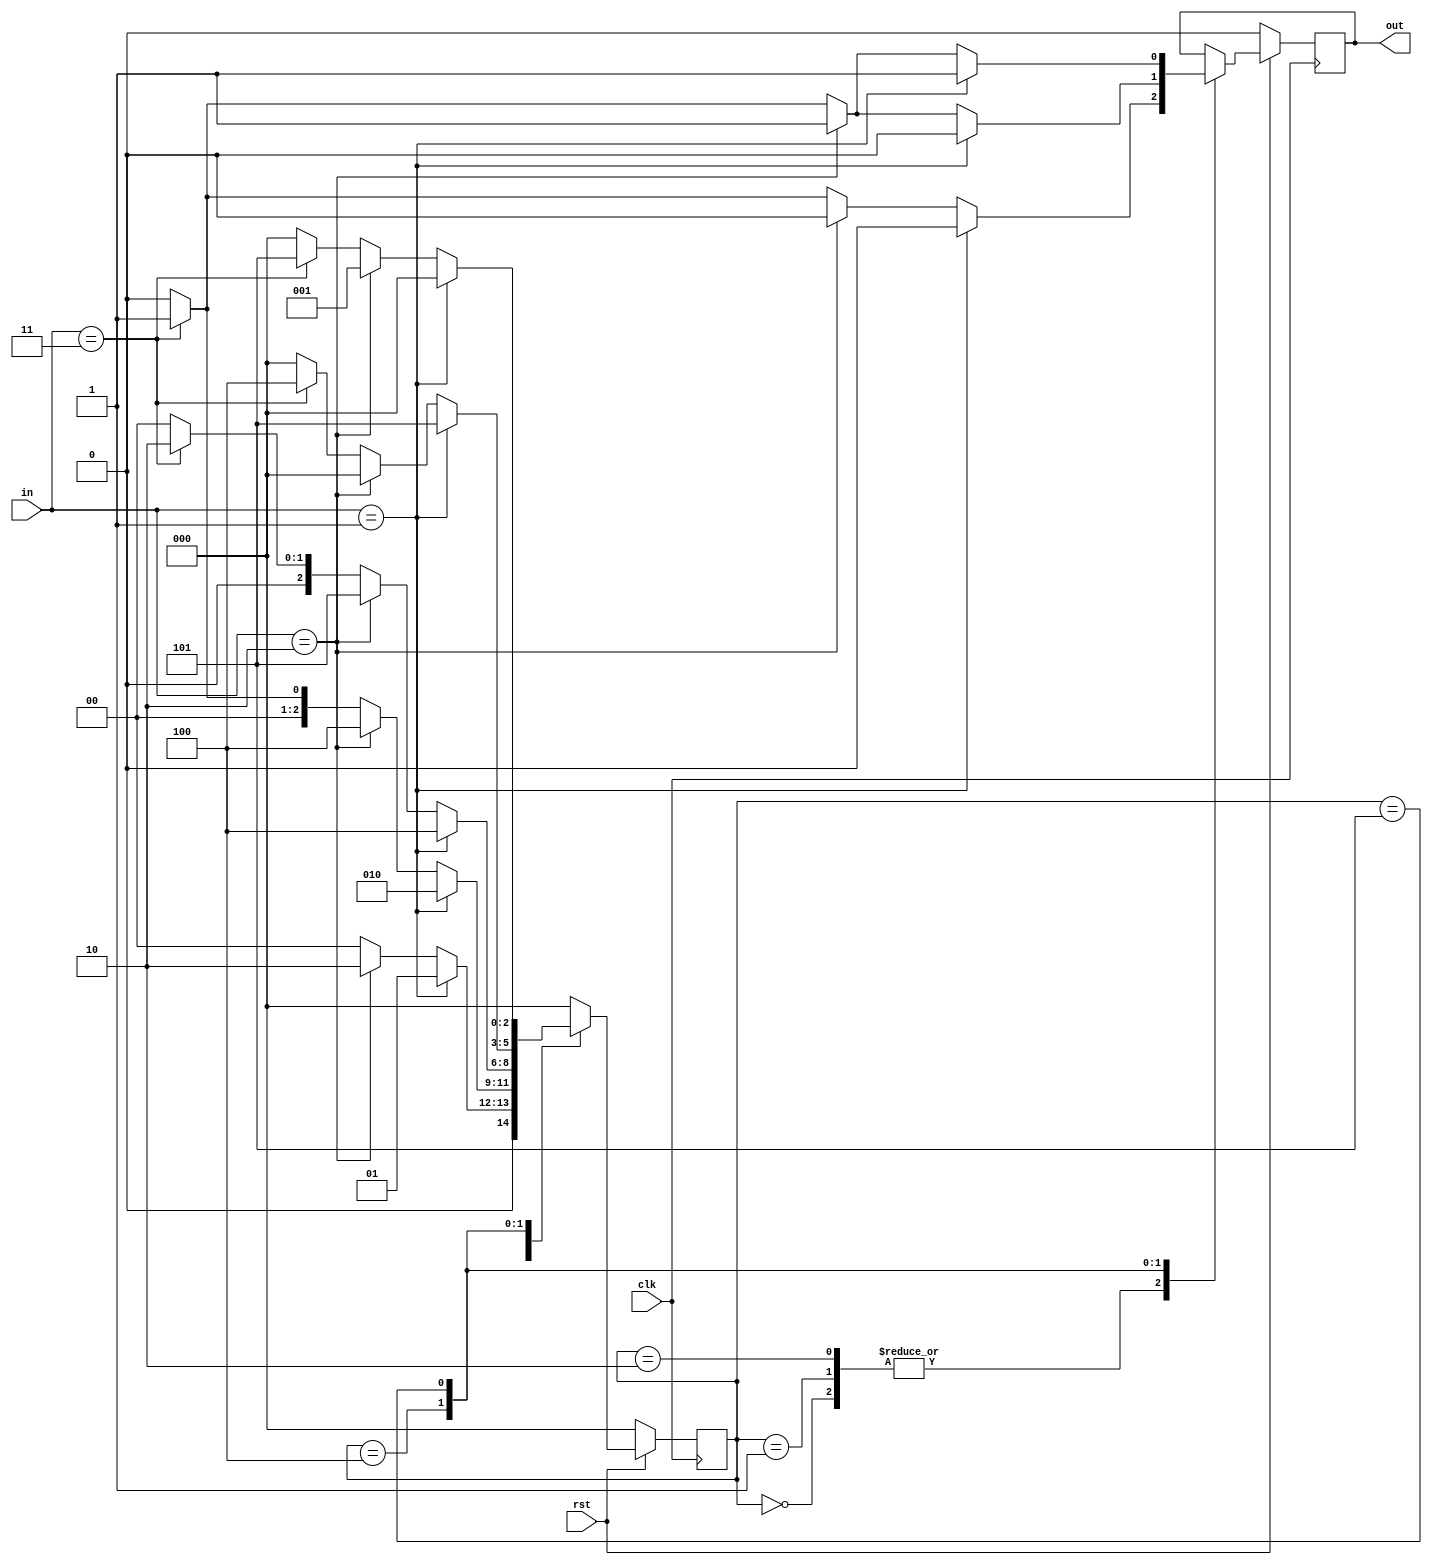
module fsm(in,rst,out,clk);
    input [1:0]in;
    input rst;
    output out;
    input clk;
    reg out;

    reg [2:0]state;

    parameter s0 = 3'b000,
              s1 = 3'b001,
              s2 = 3'b010,
              s3 = 3'b100,
              s4 = 3'b101,
              rs1=2'b01,
              rs2=2'b10,
              rs5=2'b11;

    always @(negedge clk)
    begin
        if (rst==1)
            begin
            case (state)
                s0 : begin
                    if (in==rs1) begin
                        state=s1; 
                        out=0;
                    end
                    else if(in==rs2) begin
                        state=s2; 
                        out=0;
                        end
                    else if(in==rs5) begin
                        state=s0; 
                        out=1;
                        end
                    else begin
                        state=s0; 
                        out=0;
                        end
                end 

                s1 : begin
                    if (in==rs1) begin
                        state=s2; 
                        out=0;
                        end
                    else if(in==rs2) begin
                        state=s3; 
                        out=0;
                        end
                    else if(in==rs5) begin
                        state=s1; 
                        out=1;
                        end
                    else begin
                        state=s0; 
                        out=0;
                        end
                end 

                s2 : begin
                    if (in==rs1) begin
                        state=s3; 
                        out=0;
                        end
                    else if(in==rs2) begin
                        state=s4; 
                        out=0;
                        end
                    else if(in==rs5) begin
                        state=s2; 
                        out=1;
                        end
                    else begin
                        state=s0; 
                        out=0;
                        end
                end 

                s3 : begin
                    if (in==rs1) begin
                        state=s4; 
                        out=0;
                        end
                    else if(in==rs2) begin
                        state=s0; 
                        out=1;
                        end
                    else if(in==rs5) begin
                        state=s3; 
                        out=1;
                        end
                    else begin
                        state=s0; 
                        out=0;
                        end
                end 

                s4 : begin
                    if (in==rs1) begin
                        state=s0; 
                        out=1;
                        end
                    else if(in==rs2) begin
                        state=s1; 
                        out=1;
                        end
                    else if(in==rs5) begin
                        state=s4; 
                        out=1;
                        end
                    else begin
                        state=s0; 
                        out=0;
                        end
                end 
                default: state=s0;
            endcase
        end
        
        else
        begin
            out=0;
            state=s0;
        end
        
    end
endmodule